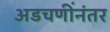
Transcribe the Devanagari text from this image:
अडचणींनंतर